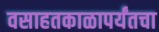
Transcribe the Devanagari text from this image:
वसाहतकाळापर्यंतचा